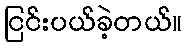
ငြင်းပယ်ခဲ့တယ်။